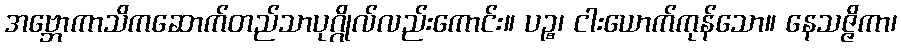
အဗ္ဘောကာသိကဆောက်တည်သာပုဂ္ဂိုလ်လည်းကောင်း။ ပဉ္စ၊ ငါးယောက်ကုန်သော။ နေသဇ္ဇိကာ၊